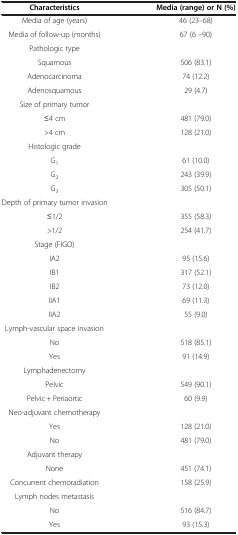
<table><thead><tr><td><b>Characteristics</b></td><td><b>Media (range) or N (%)</b></td></tr></thead><tbody><tr><td>Media of age (years)</td><td>46 (23–68)</td></tr><tr><td>Media of follow-up (months)</td><td>67 (6 –90)</td></tr><tr><td>Pathologic type</td><td> </td></tr><tr><td>Squamous</td><td>506 (83.1)</td></tr><tr><td>Adenocarcinoma</td><td>74 (12.2)</td></tr><tr><td>Adenosquamous</td><td>29 (4.7)</td></tr><tr><td>Size of primary tumor</td><td> </td></tr><tr><td>≤4 cm</td><td>481 (79.0)</td></tr><tr><td>&gt;4 cm</td><td>128 (21.0)</td></tr><tr><td>Histologic grade</td><td> </td></tr><tr><td>G<sub>1</sub></td><td>61 (10.0)</td></tr><tr><td>G<sub>2</sub></td><td>243 (39.9)</td></tr><tr><td>G<sub>3</sub></td><td>305 (50.1)</td></tr><tr><td>Depth of primary tumor invasion</td><td> </td></tr><tr><td>≤1/2</td><td>355 (58.3)</td></tr><tr><td>&gt;1/2</td><td>254 (41.7)</td></tr><tr><td>Stage (FIGO)</td><td> </td></tr><tr><td>IA2</td><td>95 (15.6)</td></tr><tr><td>IB1</td><td>317 (52.1)</td></tr><tr><td>IB2</td><td>73 (12.0)</td></tr><tr><td>IIA1</td><td>69 (11.3)</td></tr><tr><td>IIA2</td><td>55 (9.0)</td></tr><tr><td>Lymph-vascular space invasion</td><td> </td></tr><tr><td>No</td><td>518 (85.1)</td></tr><tr><td>Yes</td><td>91 (14.9)</td></tr><tr><td>Lymphadenectomy</td><td> </td></tr><tr><td>Pelvic</td><td>549 (90.1)</td></tr><tr><td>Pelvic + Periaortic</td><td>60 (9.9)</td></tr><tr><td>Neo-adjuvant chemotherapy</td><td> </td></tr><tr><td>Yes</td><td>128 (21.0)</td></tr><tr><td>No</td><td>481 (79.0)</td></tr><tr><td>Adjuvant therapy</td><td> </td></tr><tr><td>None</td><td>451 (74.1)</td></tr><tr><td>Concurrent chemoradiation</td><td>158 (25.9)</td></tr><tr><td>Lymph nodes metastasis</td><td> </td></tr><tr><td>No</td><td>516 (84.7)</td></tr><tr><td>Yes</td><td>93 (15.3)</td></tr></tbody></table>